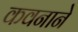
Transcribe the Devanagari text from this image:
कवनाने